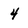
Character: 4